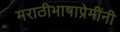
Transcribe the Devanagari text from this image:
मराठीभाषाप्रेमींनी